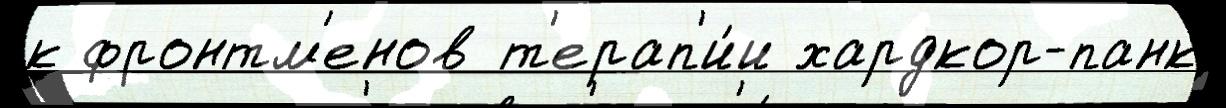
к фронтм'енов т'ерап'и́и хардкор-панк